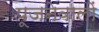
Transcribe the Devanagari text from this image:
पूजनेवालों